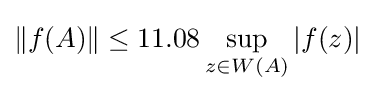
\|f(A)\|\leq 11.08\sup _{z\in W(A)}|f(z)|